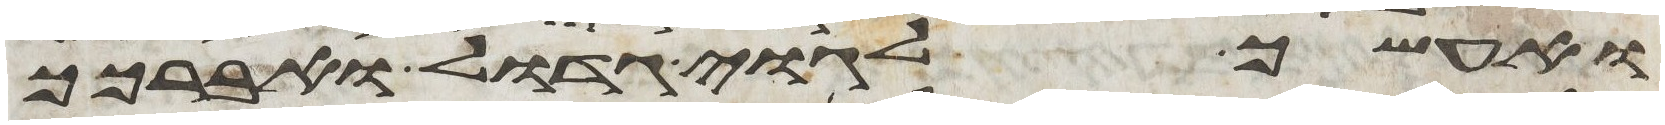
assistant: ואעשך לגוי גדול ואברכך